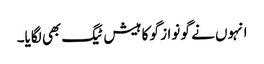
انہوں نے گو نواز گو کا ہیش ٹیگ بھی لگایا۔